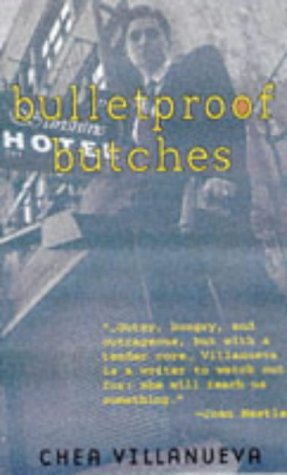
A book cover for Bulletproof Butches; Chea Villanueva; Romance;